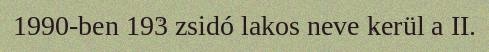
1990-ben 193 zsidó lakos neve kerül a II.